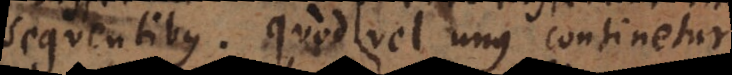
sequentibus. Quod vel unus continetur